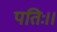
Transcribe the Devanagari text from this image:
पतिः।।